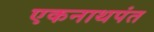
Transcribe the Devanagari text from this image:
एकनाथपंत